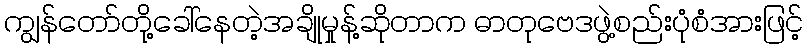
ကျွန်တော်တို့ခေါ်နေတဲ့အချိုမှုန့်ဆိုတာက ဓာတုဗေဒဖွဲ့စည်းပုံစံအားဖြင့်